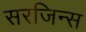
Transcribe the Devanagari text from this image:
सरजिन्स